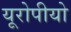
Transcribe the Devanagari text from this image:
यूरोपीयो